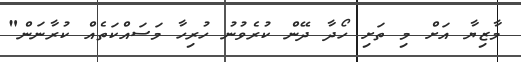
މާޒިޔާ އަށް މި ތަށި ހޯދާ ދޭން ކުރެވުނު ހުރިހާ މަސައްކަތެއްް ކުރާނަން"